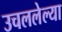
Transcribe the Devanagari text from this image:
उचललेल्या